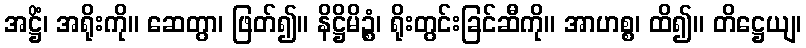
အဋ္ဌိံ၊ အရိုးကို။ ဆေတွာ၊ ဖြတ်၍။ နိဋ္ဌိမိဉ္စံ၊ ရိုးတွင်းခြင်ဆီကို။ အာဟစ္စ၊ ထိ၍။ တိဋ္ဌေယျ၊